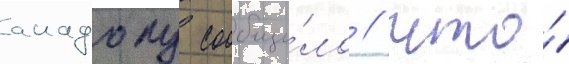
анадолу сообщи́ло / что́